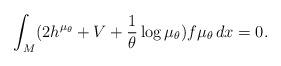
LaTeX: \begin{align*} \int_{M} (2h^{\mu_{\theta}} + V + \frac{1}{\theta} \log \mu_{\theta} ) f \mu_{\theta} \, dx =0.\end{align*}